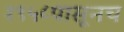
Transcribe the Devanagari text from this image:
१९५८पासूनच